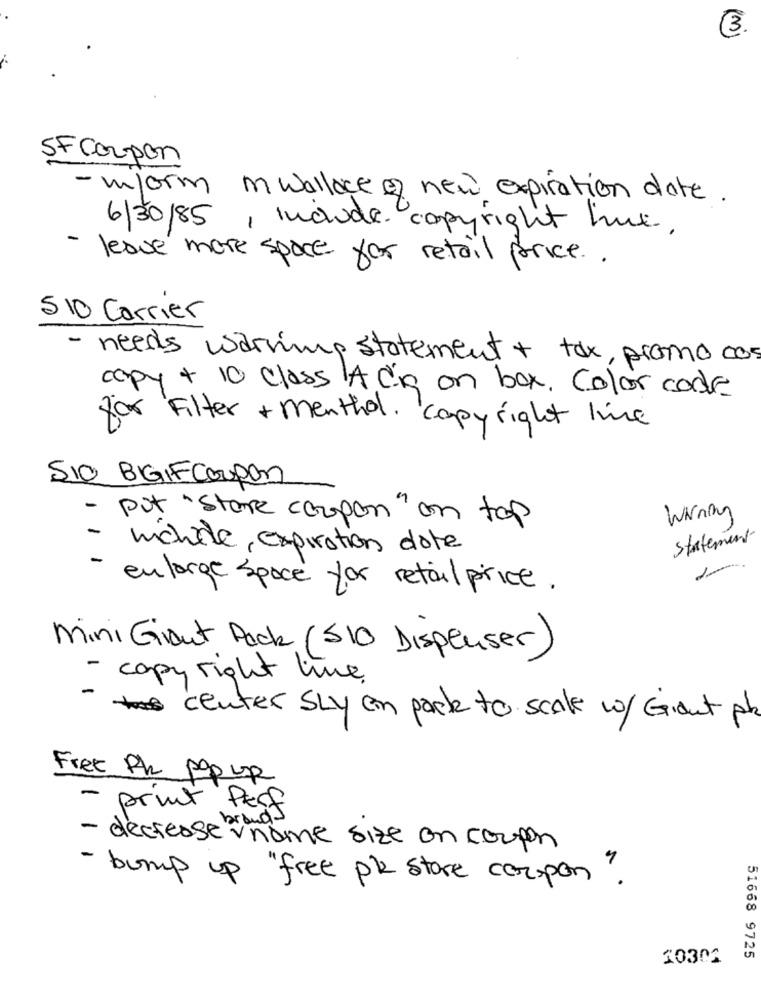
3.
SF Corpon
- worm in wallace of new expiration date.
6/30/85, Include copyright hue.
- leave more space for retail price ..
510 Carrier
- needs warring statement + tax, promo cos
copy + 10 class A dig on box. Color code
for Filter +menthol. copyright line
SIO BIGIFCoupon
Warning
- put "store coupon" on tap
statement
- michèle expiration date
- enlarge space for retail price.
Mini Giant Pack (510 Dispenser)
- copy right time.
" center SLy en parte to scale w/ Giant ph
Free Ph pop up
- print Perf
- decrease vname size on coupon
bump up "free pl store corpon"
10302
51668 9725